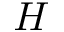
H